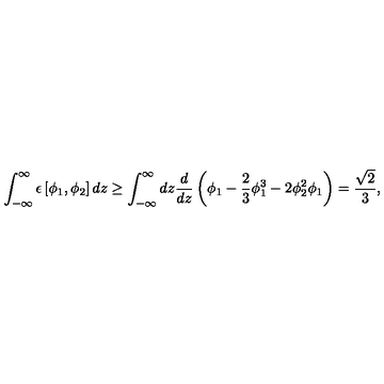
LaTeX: \int _ { - \infty } ^ { \infty } \epsilon \left[ \phi _ { 1 } , \phi _ { 2 } \right] d z \geq \int _ { - \infty } ^ { \infty } d z \frac { d } { d z } \left( { \phi _ { 1 } } - \frac { 2 } { 3 } \phi _ { 1 } ^ { 3 } - 2 \phi _ { 2 } ^ { 2 } \phi _ { 1 } \right) = \frac { \sqrt 2 } { 3 } ,